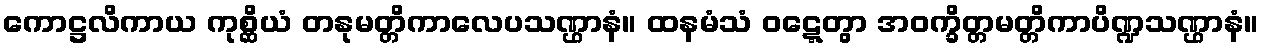
ကောဋ္ဌလိကာယ ကုစ္ဆိယံ တနုမတ္တိကာလေပသဏ္ဌာနံ။ ထနမံသံ ဝဋ္ဋေတွာ အဝက္ခိတ္တမတ္တိကာပိဏ္ဍသဏ္ဌာနံ။